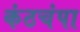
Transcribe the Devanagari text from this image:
कंठचंपा